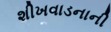
શીખવાડનાની